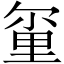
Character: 𫒂